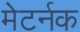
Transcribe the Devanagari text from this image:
मेटर्नक